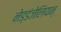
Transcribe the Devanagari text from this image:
नेड्डंजेलियन्